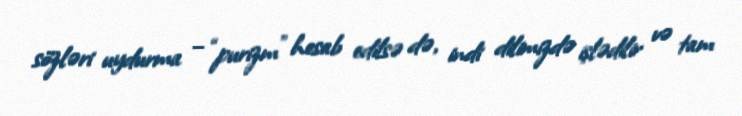
sözləri uydurma – “purizm” hesab edilsə də, indi dilimizdə işlədilir və tam